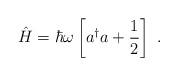
LaTeX: \begin{align*}\hat{H}=\hbar\omega\left[a^\dagger a+\frac{1}{2}\right]\ .\end{align*}